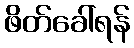
ဖိတ်ခေါ်ရန်